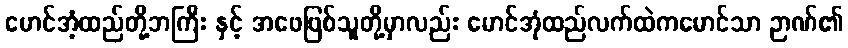
မောင်အံ့ထည်တို့ဘကြီး နှင့် အဖေဖြစ်သူတို့မှာလည်း မောင်အုံထည်လက်ထဲကမောင်သာ ဉာဏ်၏